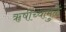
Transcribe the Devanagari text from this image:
ॠषींच्यामुळें